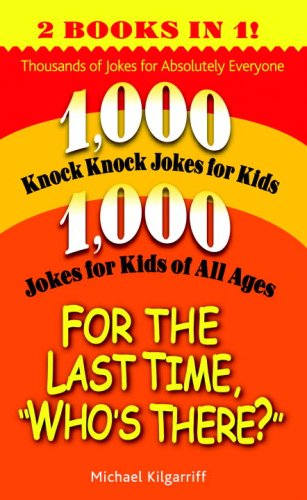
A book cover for For the Last Time, "Who's There?": Thousands of Jokes for Absolutely Everyone; Michael Kilgarriff; Humor & Entertainment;